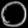
Digit: ၀